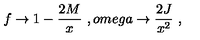
f \rightarrow 1 - \frac { 2 M } { x } \ , o m e g a \rightarrow \frac { 2 J } { x ^ { 2 } } \ ,